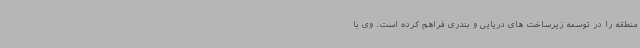
منطقه را در توسعه زیرساخت های دریایی و بندری فراهم کرده است. وی با